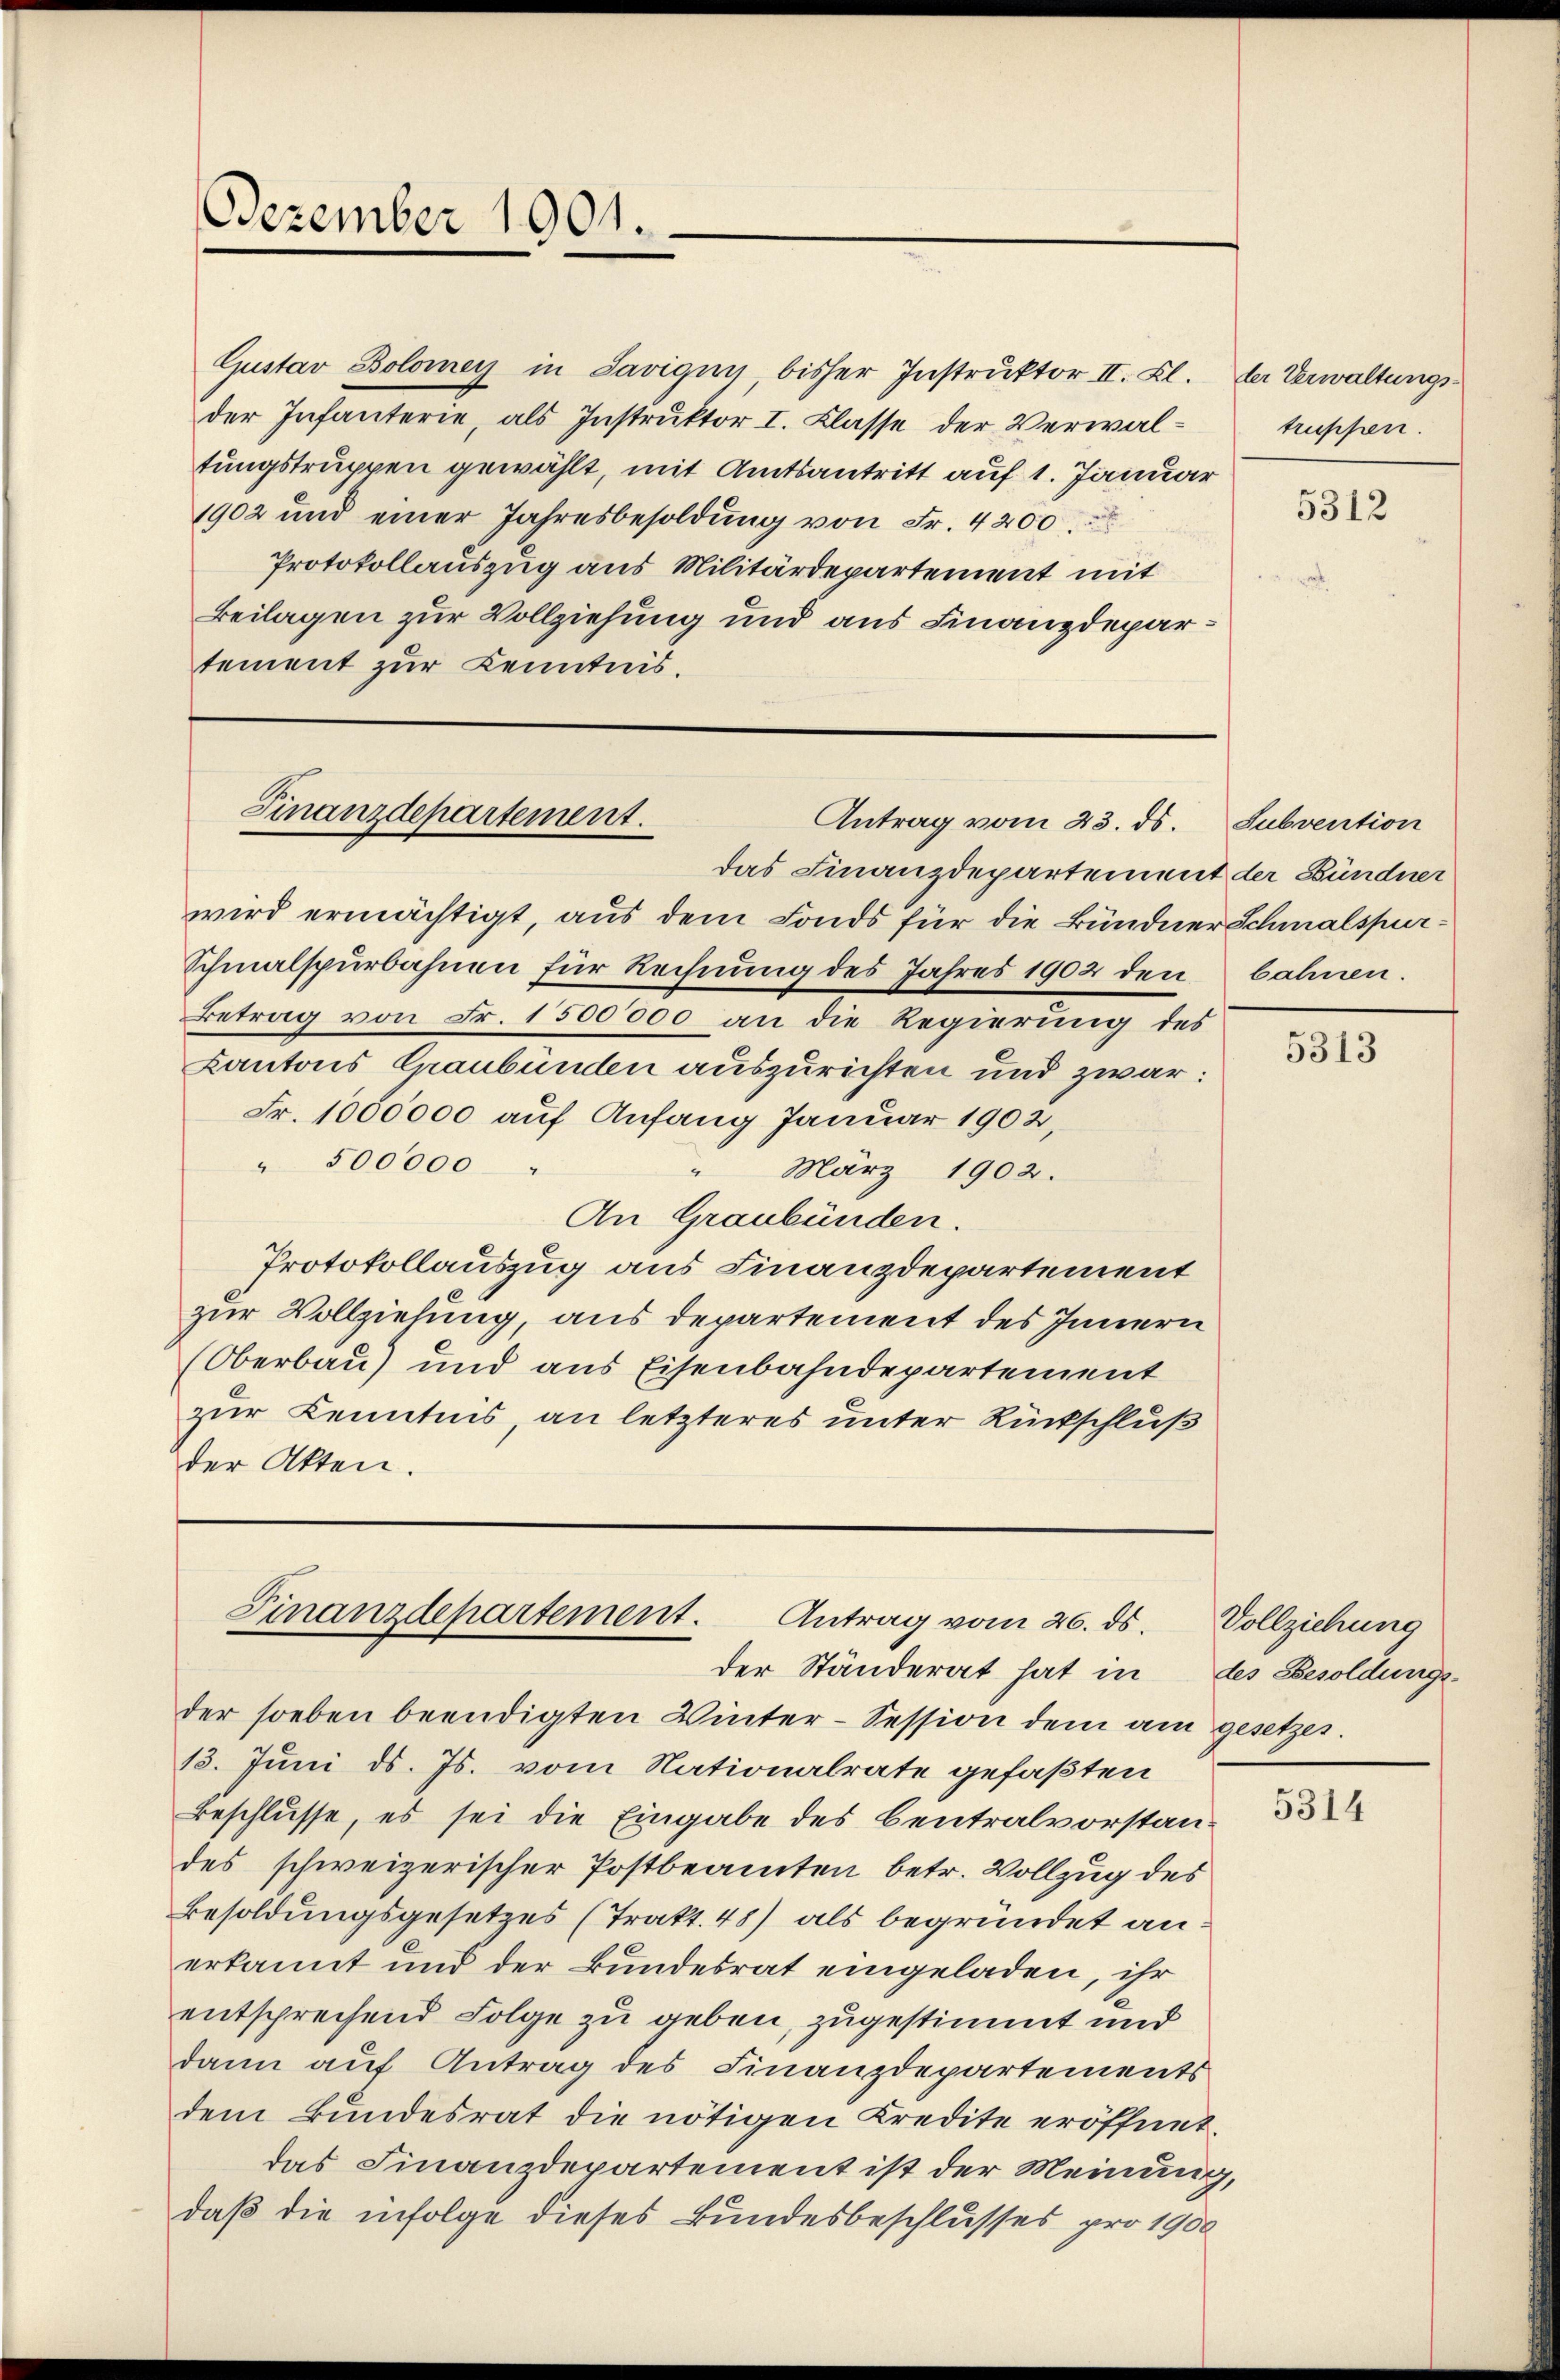
Dezember 1901.

Gustav Bolomey in Savigin bisher Instruktor II. Kl. der Verwaltungsder Infanterie, als Instruktor I. Klasse der Verwaltungstruppen gewählt, mit Amtsantritt auf 1. Januar
1902 und einer Jahresbesoldung von Fr. 4200.
Protokollauszug aus Militärdepartement mit
Beilagen zur Vollziehung und aus Finanzdepartement zur Kenntnis.

Finanzdepartement.
Antrag vom 23. ds. Subvention

das Finanzdepartement der Bündner
wird ermächtigt, aus dem Fonds für die Bündner Schmalspur-
Schmalspurbahnen für Rechnung des Jahres 1902 den bahnen.
Betrag von Fr. 1500000 an die Regierung des
Kantons Graubünden auszurichten und zwar:
Fr. 1000000 auf Anfang Januar 1902,
" 500000 "
März 1902.
An Graubünden.
Protokollauszug aus Finanzdepartement
zur Vollziehung, aus departement des Innern
(Oberbau) und aus Eisenbahndepartement
zur Kenntnis, an letzteres unter Rückschluß
der Akten.

Finanzdepartement. Antrag vom 26. ds.
der Ständerat hat in

der soeben beendigten Winter-Session dem am gesetzes.
18. Juni d. Js. vom Nationalrate gefaßten
Beschlusse, es sei die Eingabe des Centralvorstandes schweizerischer Postbeamten betr. Vollzug des
Besoldungsgesetzes (Trakt. 48) als begründet anerkannt und der Bundesrat eingeladen, ihr
entsprechend Folge zu geben, zugestimmt und
dann auf Antrag des Finanzdepartements
dem Bundesrat die nötigen Kredite eröffnet.
das Finanzdepartement ist der Meinung,
daß die infolge dieses Bundesbeschlusses pro 1900

truppen.

5312

5313

Vollziehung
des Besoldungs-

5314